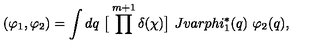
( \varphi _ { 1 } , \varphi _ { 2 } ) = \int d q \ \big [ \prod ^ { m + 1 } \delta ( \chi ) \big ] \ J v a r p h i _ { 1 } ^ { * } ( q ) \ \varphi _ { 2 } ( q ) ,